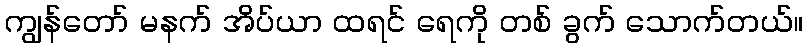
ကျွန်တော် မနက် အိပ်ယာ ထရင် ရေကို တစ် ခွက် သောက်တယ်။